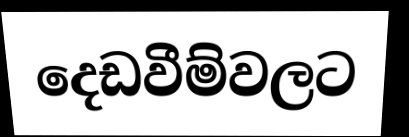
දෙඩවීම්වලට